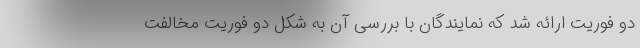
دو فوریت ارائه شد که نمایندگان با بررسی آن به شکل دو فوریت مخالفت